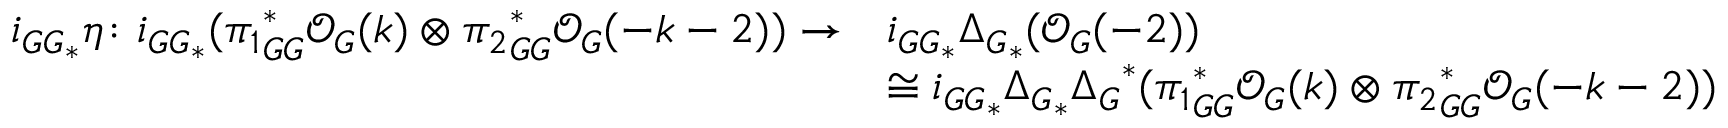
\begin{array} { r l } { { i _ { G G } } _ { * } \eta \colon { i _ { G G } } _ { * } ( { \pi _ { 1 } } _ { G G } ^ { * } \mathcal { O } _ { G } ( k ) \otimes { \pi _ { 2 } } _ { G G } ^ { * } \mathcal { O } _ { G } ( - k - 2 ) ) \rightarrow } & { { i _ { G G } } _ { * } { \Delta _ { G } } _ { * } ( \mathcal { O } _ { G } ( - 2 ) ) } \\ & { \cong { i _ { G G } } _ { * } { \Delta _ { G } } _ { * } { \Delta _ { G } } ^ { * } ( { \pi _ { 1 } } _ { G G } ^ { * } \mathcal { O } _ { G } ( k ) \otimes { \pi _ { 2 } } _ { G G } ^ { * } \mathcal { O } _ { G } ( - k - 2 ) ) } \end{array}